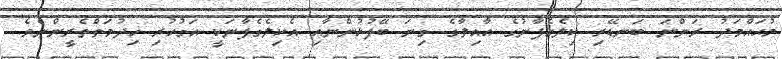
މުޙައްމަދު ރަންނަ ބަނޑޭރި ކިލެގެފާނުގެ އާއިލާގެ ގިނަ ބޭފުޅުންނާއި އެކިލެގެފާނަކީ އަގުހުރި ޚިދުމަތްތެރީންނެވެ.